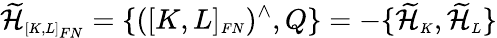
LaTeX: \widetilde{\cal H}_{\scriptscriptstyle[K,L]_{FN}}=\{ ([K,L]_{\scriptscriptstyle FN})^{\wedge},Q\} =-\{ \widetilde{\cal H}_{\scriptscriptstyle K},\widetilde{\cal H}_{\scriptscriptstyle L}\}